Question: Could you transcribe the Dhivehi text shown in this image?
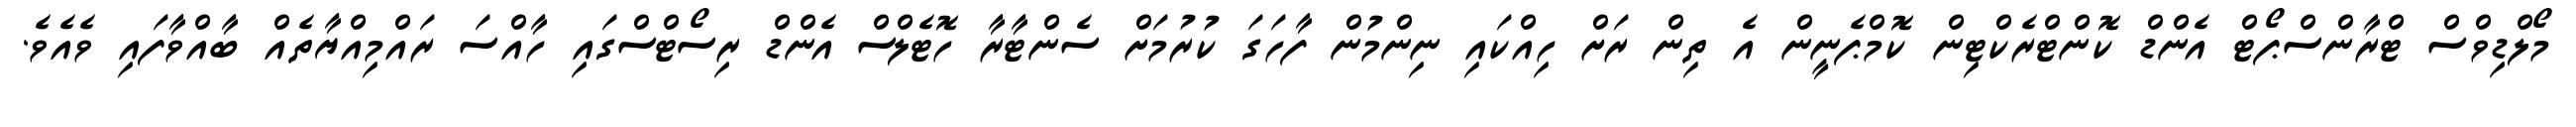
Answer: މޯލްޑިވްސް ޓްރާންސްޕޯޓް އެންޑް ކޮންޓްރެކްޓިން ކޮމްޕެނީން އެ ތިން ރަށް ހިއްކައި ނިންމުން ފާހަގަ ކުރުމަށް ސެންޓާރާ ހޮޓެލްސް އެންޑް ރިސޯޓްސްގައި ހާއްސަ ރައްމިއްޔާތެއް ބާއްވާފައި ވެއެވެ.